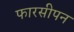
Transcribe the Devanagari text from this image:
फारसीपन